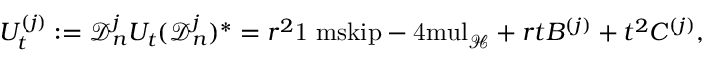
U _ { t } ^ { ( j ) } : = \mathcal { D } _ { n } ^ { j } U _ { t } ( \mathcal { D } _ { n } ^ { j } ) ^ { * } = r ^ { 2 } { \mathchoice { \mathrm { 1 \ m s k i p - 4 m u l } } { \mathrm { 1 \ m s k i p - 4 m u l } } { \mathrm { 1 \ m s k i p - 4 . 5 m u l } } { \mathrm { 1 \ m s k i p - 5 m u l } } } _ { \mathcal { H } } + r t B ^ { ( j ) } + t ^ { 2 } C ^ { ( j ) } ,